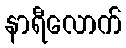
နာရီလောက်